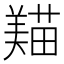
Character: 𦏒